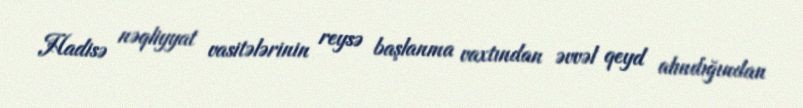
Hadisə nəqliyyat vasitələrinin reysə başlanma vaxtından əvvəl qeyd alındığından